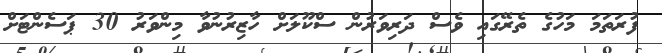
ފުރަތަމަ މަހުގެ ތެރޭގައި ވެސް ދަރިވަރުން ސްކޫލަށް ހާޒިރުނުވާ މިންވަރު 30 ޕަސެންޓަށް